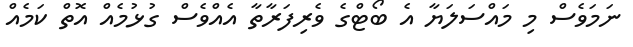
ނަމަވެސް މި މައްސަލަޔާ އެ ބޯޓްގެ ވެރިފަރާތާ އެއްވެސް ގުޅުމެއް އޮތް ކަމެއް